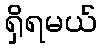
ရှိရမယ်